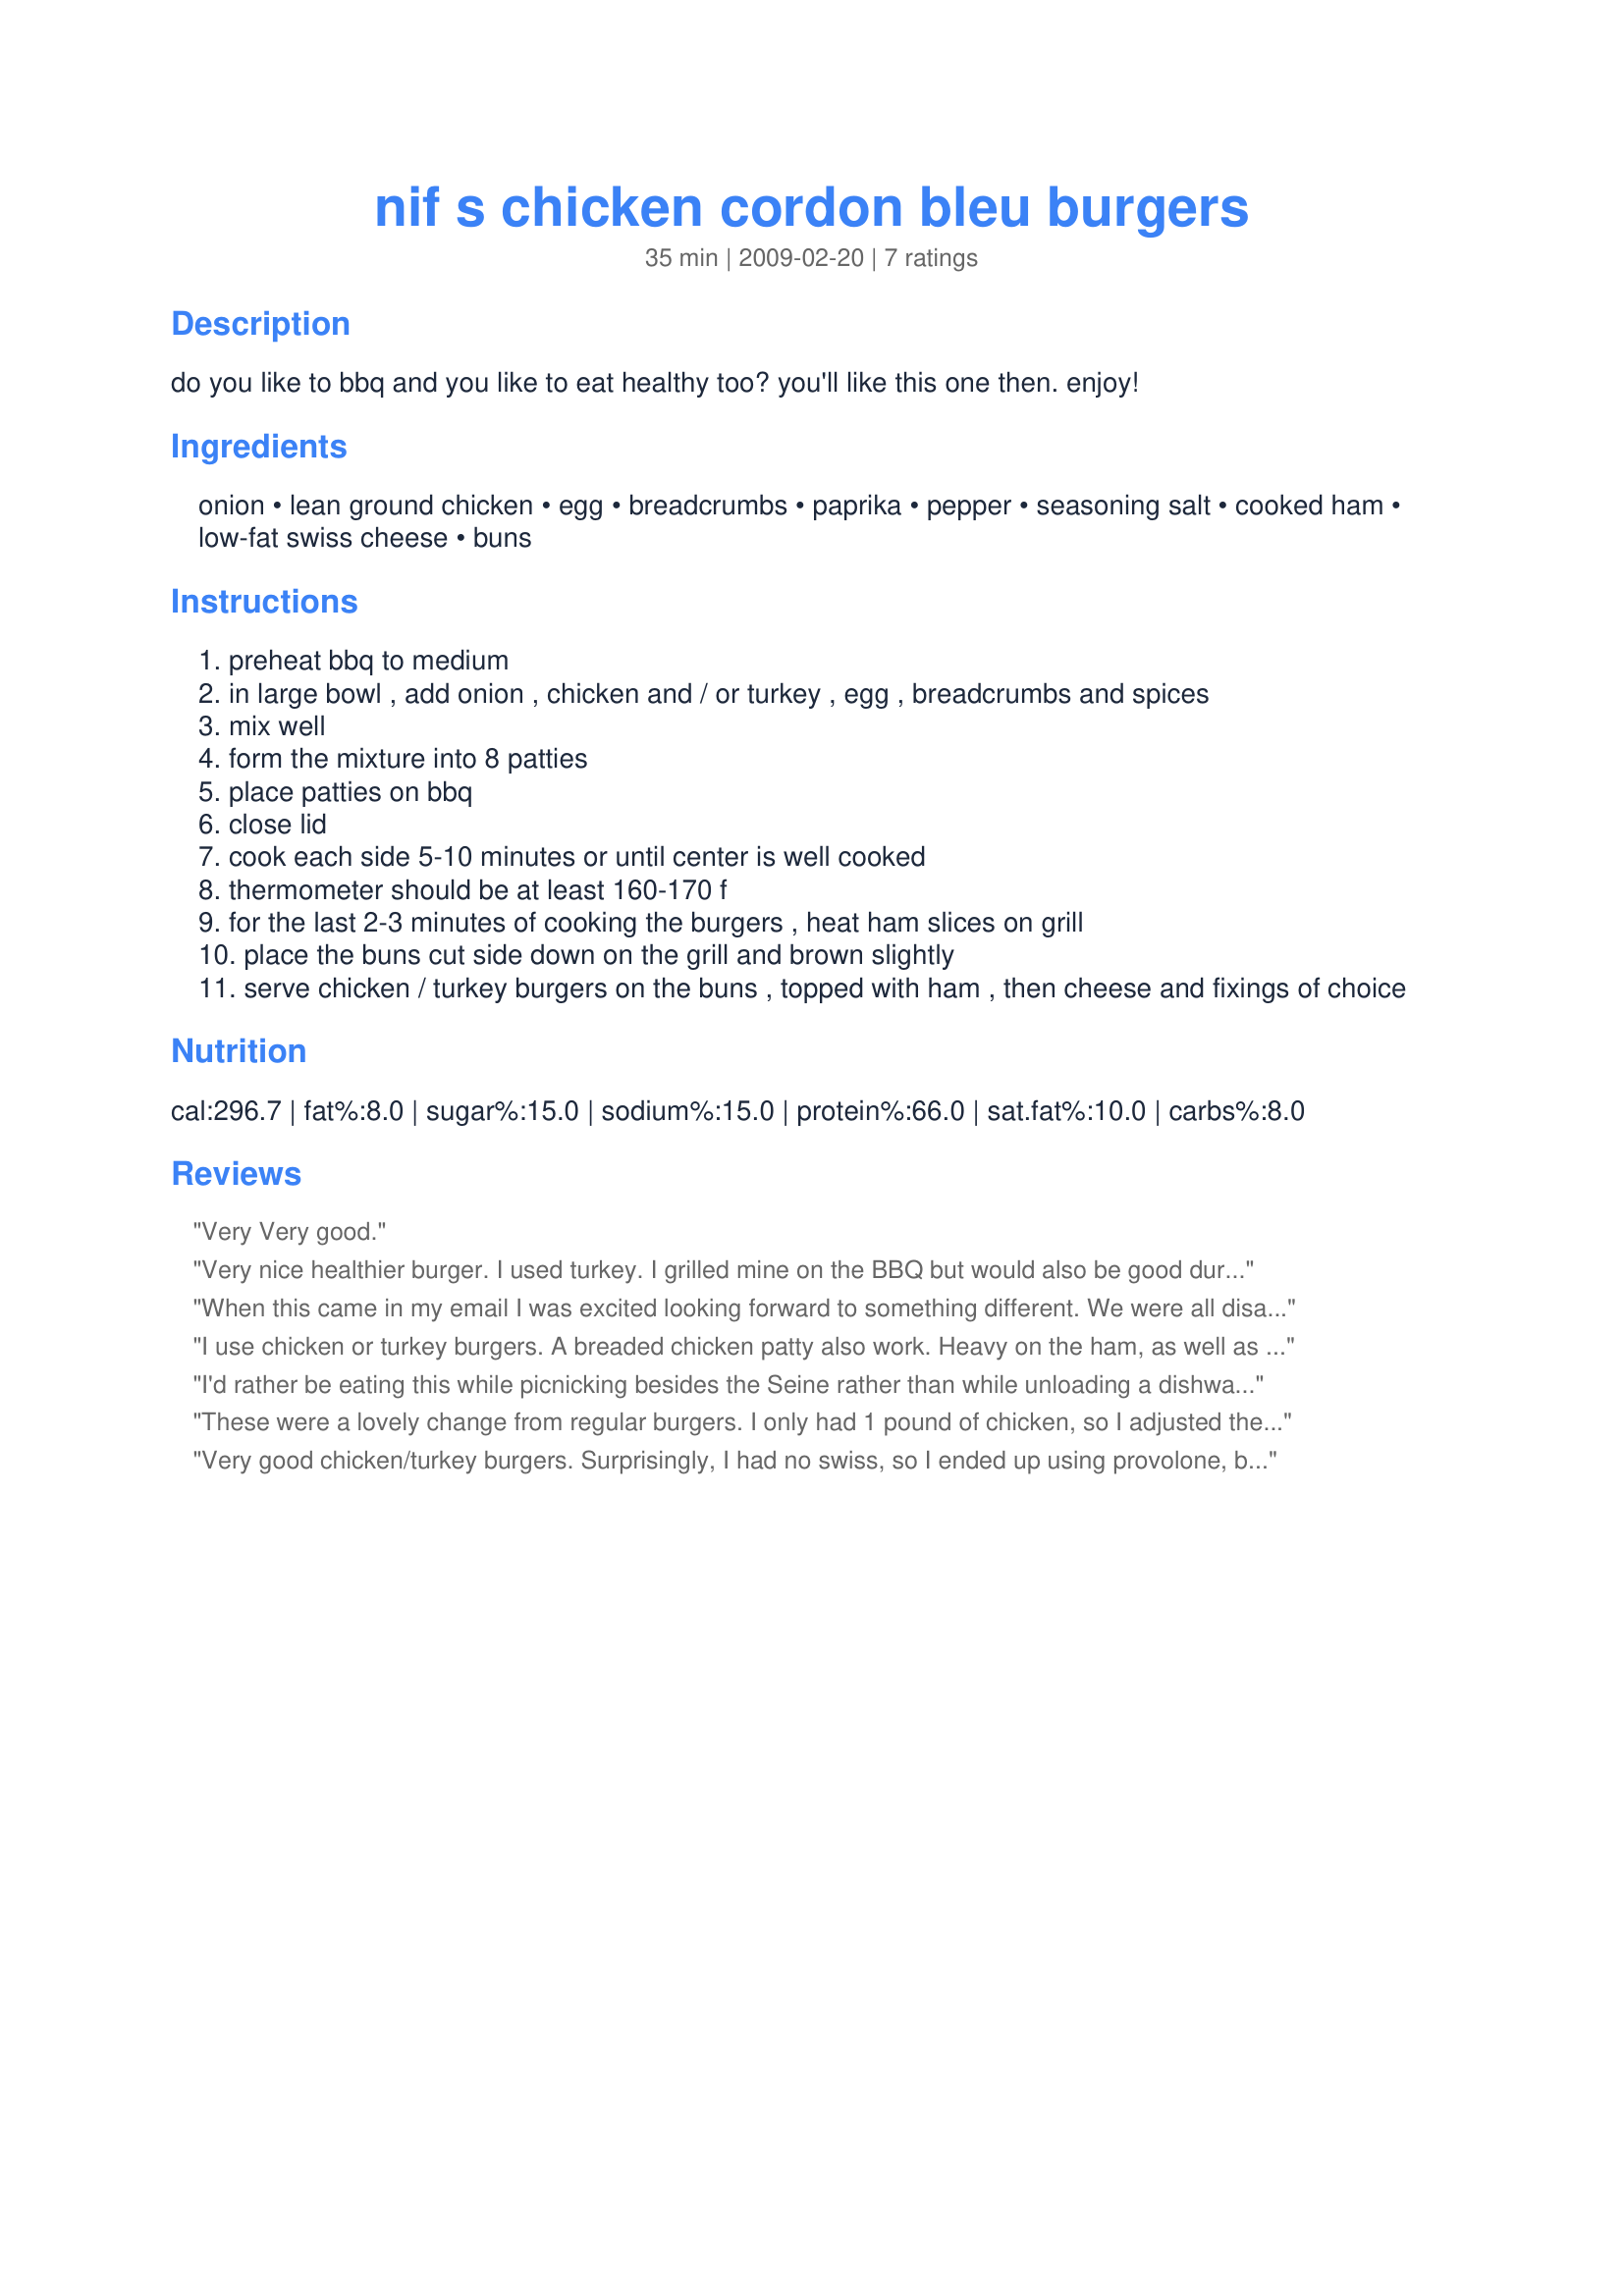
nif s chicken cordon bleu burgers
Preparation time: 35 minutes

do you like to bbq and you like to eat healthy too? you'll like this one then. enjoy!

Ingredients:
onion, lean ground chicken, egg, breadcrumbs, paprika, pepper, seasoning salt, cooked ham, low-fat swiss cheese, buns

Steps:
preheat bbq to medium
in large bowl , add onion , chicken and / or turkey , egg , breadcrumbs and spices
mix well
form the mixture into 8 patties
place patties on bbq
close lid
cook each side 5-10 minutes or until center is well cooked
thermometer should be at least 160-170 f
for the last 2-3 minutes of cooking the burgers , heat ham slices on grill
place the buns cut side down on the grill and brown slightly
serve chicken / turkey burgers on the buns , topped with ham , then cheese and fixings of choice

Reviews:
Very Very good.
Very nice healthier burger. I used turkey. I grilled mine on the BBQ but would also be good during the winter on the Foreman Grill. I used those new Multi-grained Sandwich Thins, which were quite good with these. I had mine "plain" but would be good with the usual condiments. Made for the Grilling game at Kittencalskitchen.
When this came in my email I was excited looking forward to something different. We were all disappointed. Very bland. If not for the ham and swiss, there would be no flavor. Spices need to be improved upon. Trying to figure out what to do with the rest.
I use chicken or turkey burgers. A breaded chicken patty also work. Heavy on the ham, as well as super sharp Swiss, go a long way for flavors. BTW, I find that a list of 51 recipes is counter productive. I get through the first 10 and find myself no longer interested in cooking burgers. This goes for 36 recipes for brownies..., you name it. Too much is too much.
I'd rather be eating this while picnicking besides the Seine rather than while unloading a dishwasher. Made for ZWT#8~France.
These were a lovely change from regular burgers. I only had 1 pound of chicken, so I adjusted the recipe accordingly. They came out moist and flavorful. I used kaiser buns, as that is what I had on hand. DH used dijon mustard on his (nice addition) and I had mine straight up, 'cause I wanted to taste :-) ! Thanks, Nif, for sharing a wonderful alternative to the 'same old burger'.
Very good chicken/turkey burgers. Surprisingly, I had no swiss, so I ended up using provolone, but the recipe still turned out very good. Very tastey change from the usual burger. And it is "lightened up!" Made for Zaar 123 Tag. Thanks so much for posting.
